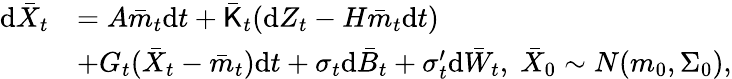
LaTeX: \begin{array}{rl}{\mathrm{d}\bar{X}_{t}}&{=A\bar{m}_{t}\mathrm{d}t+\bar{\sf K}_{t}(\mathrm{d}Z_{t}-H\bar{m}_{t}\mathrm{d}t)}\\ &{+G_{t}(\bar{X}_{t}-\bar{m}_{t})\mathrm{d}t+\sigma_{t}\mathrm{d}\bar{B}_{t}+\sigma_{t}^{\prime}\mathrm{d}\bar{W}_{t},\; \bar{X}_{0}\sim N(m_{0},\Sigma_{0}),}\end{array}